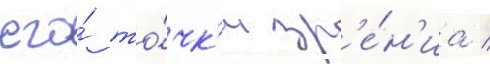
его́ то́чк'и зр'е́н'иа /